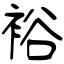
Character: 裕